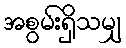
အစွမ်းရှိသမျှ